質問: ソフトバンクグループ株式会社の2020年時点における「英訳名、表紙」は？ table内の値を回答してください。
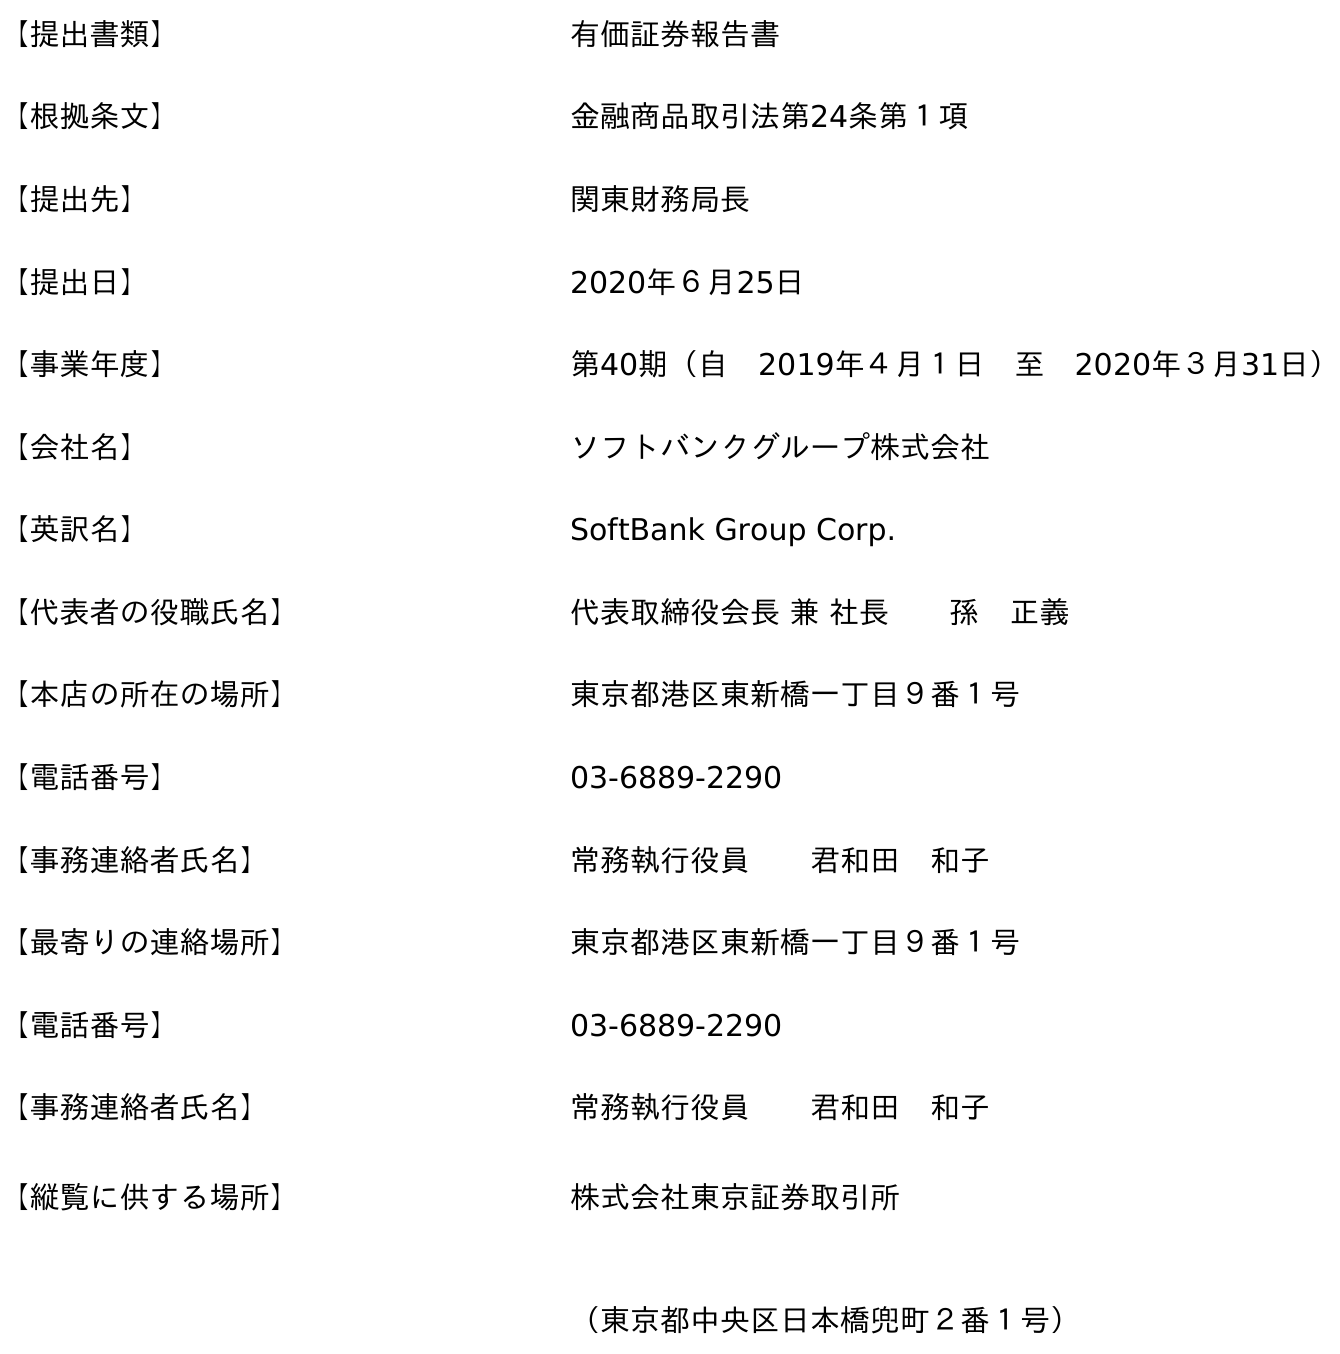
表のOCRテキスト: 【提出書類】 有価証券報告書 【根拠条文】 金融商品取引法第24条第１項 【提出先】 関東財務局長 【提出日】 2020年６月25日 【事業年度】 第40期（自 2019年４月１日 至 2020年３月31日） 【会社名】 ソフトバンクグループ株式会社 【英訳名】 SoftBank Group Corp. 【代表者の役職氏名】 代表取締役会長 兼 社長  孫 正義 【本店の所在の場所】 東京都港区東新橋一丁目９番１号 【電話番号】 03-6889-2290 【事務連絡者氏名】 常務執行役員  君和田 和子 【最寄りの連絡場所】 東京都港区東新橋一丁目９番１号 【電話番号】 03-6889-2290 【事務連絡者氏名】 常務執行役員  君和田 和子 【縦覧に供する場所】 株式会社東京証券取引所 （東京都中央区日本橋兜町２番１号）
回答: SoftBank Group Corp.